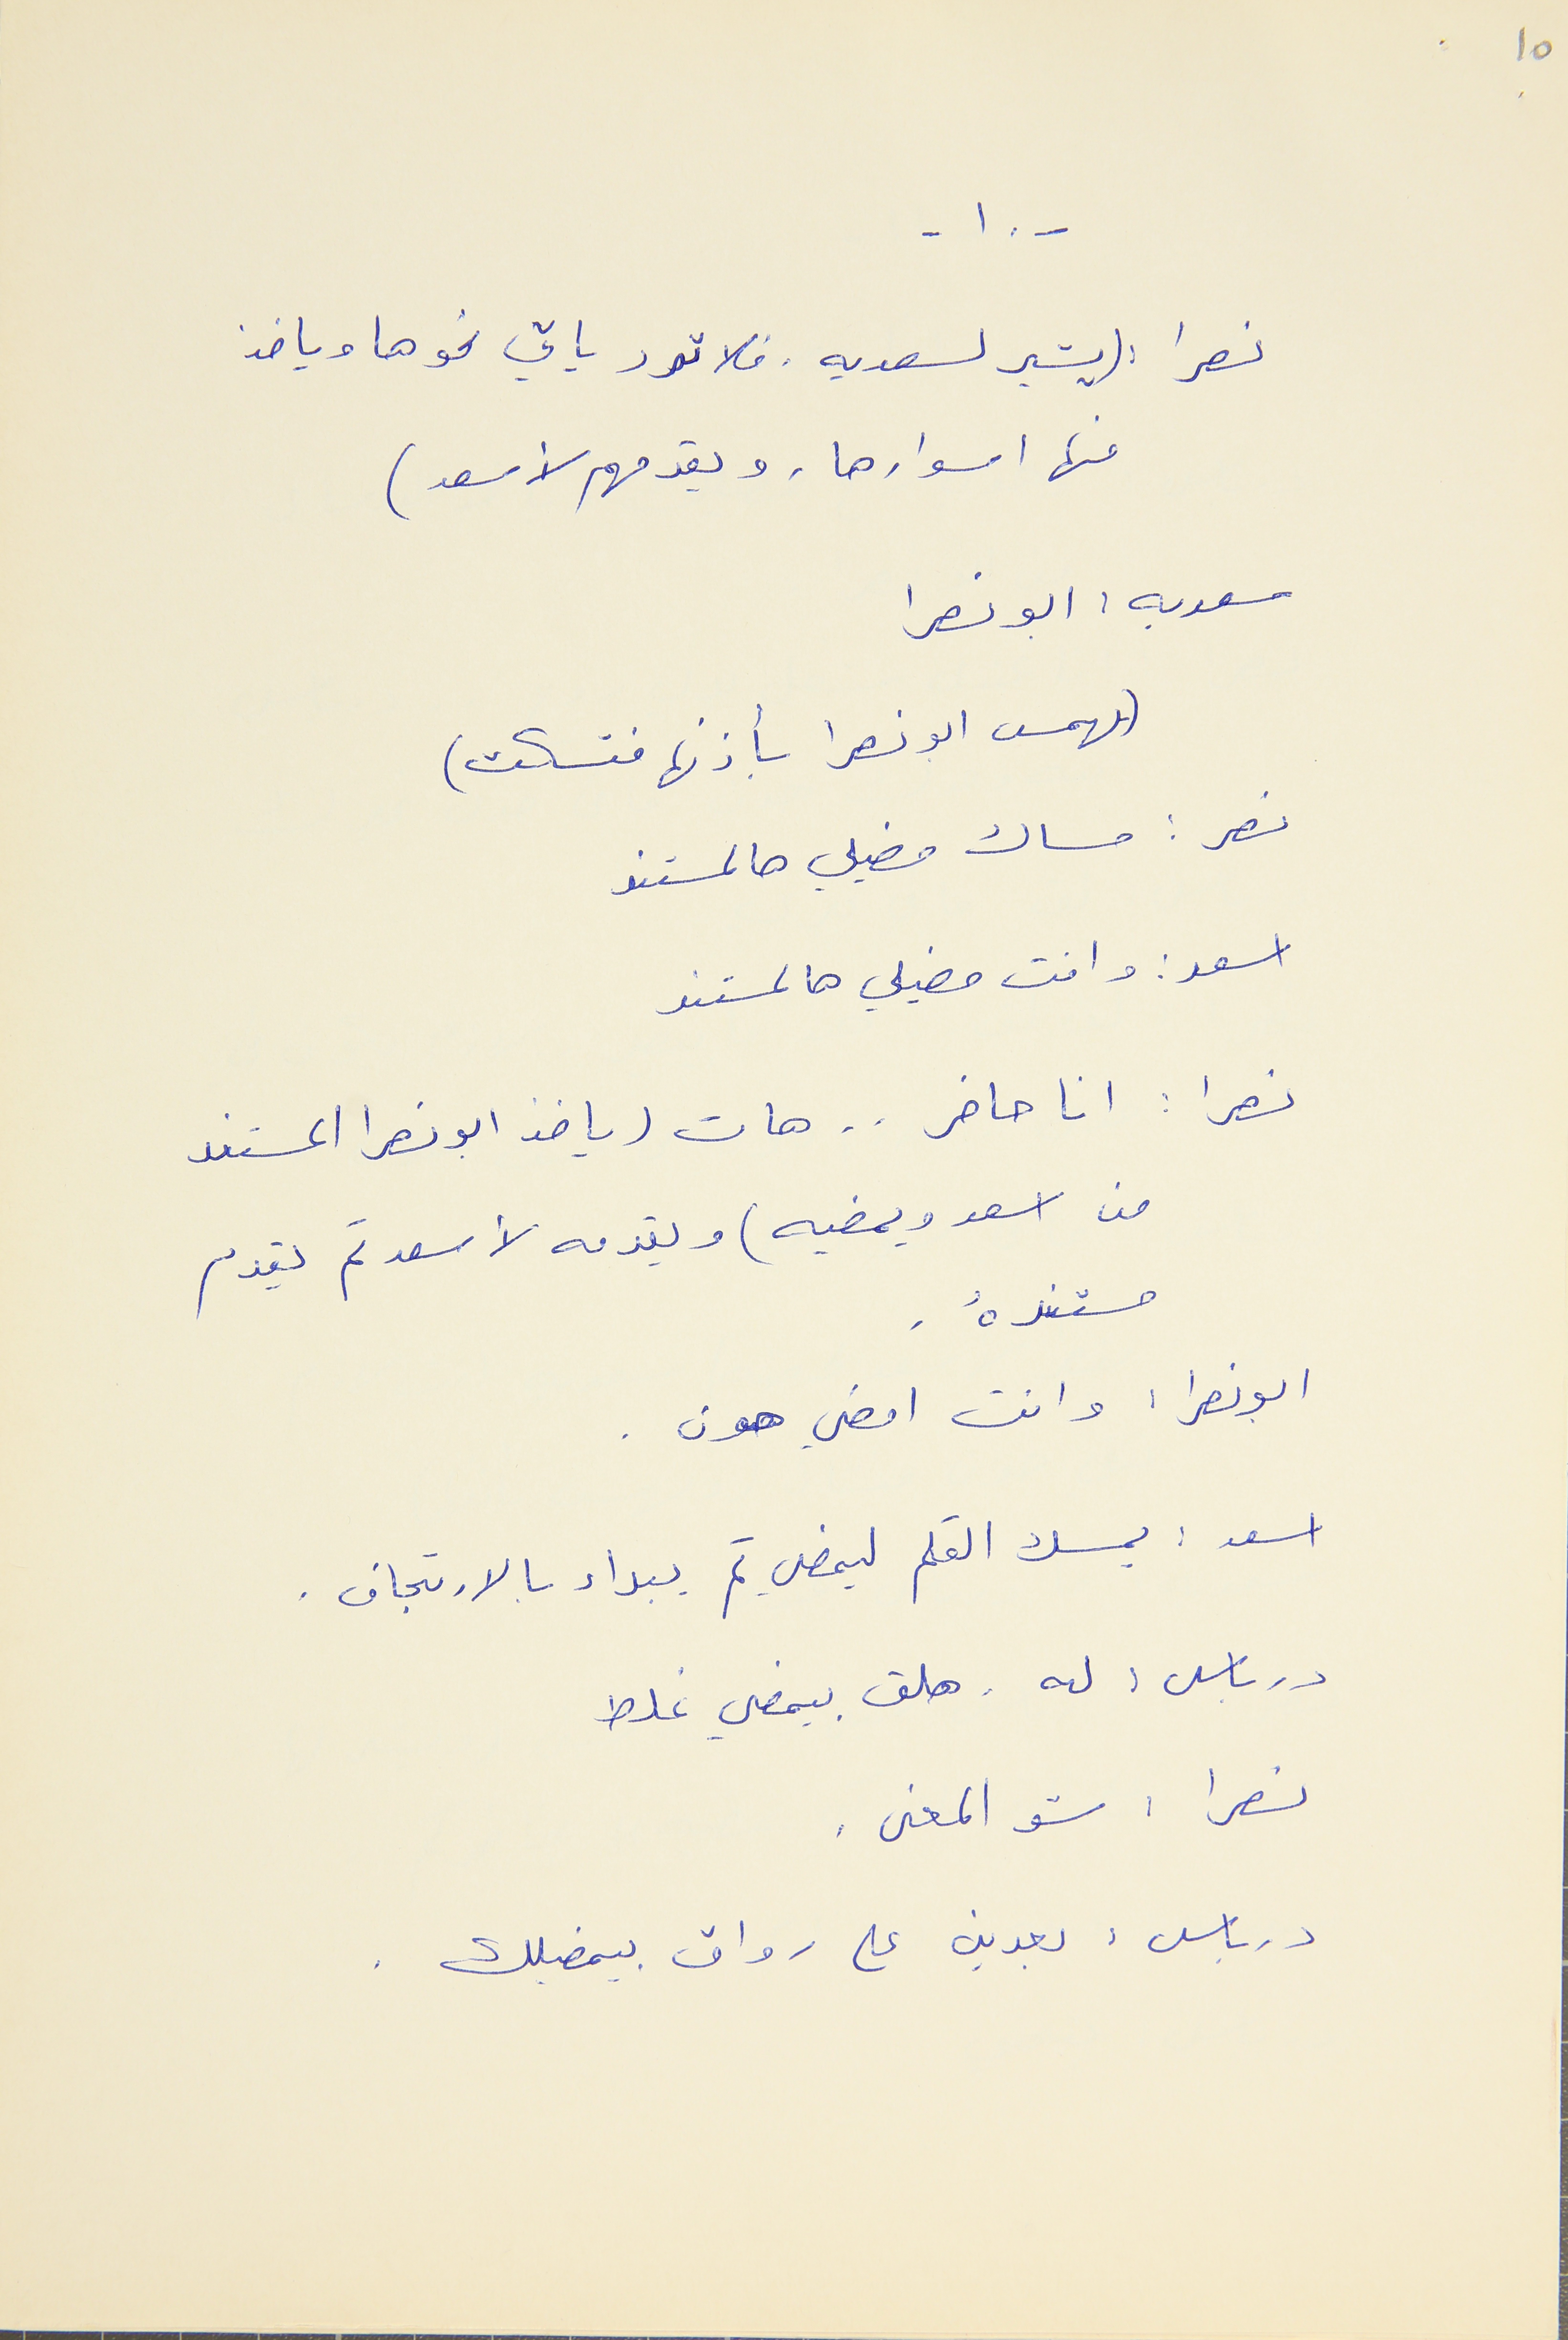
10
- ١٠ -
نصرا : (يشير لسعديه. فلا ترد ياتي نحوها وياخذ
منها اسوارها. ويقدمهم لأسعد)
سعديه : ابو نصرا
(يهمس ابو نصرا بأذنها فتسكت)
نصر : مساك مضيلي هالمستند
اسعد : وانت مضيلي هالمستند
نصرا : انا حاضر . . هات (ياخذ ابو نصرا المستند
من اسعد ويمضيه) ويقدمه لأسعد ثم يقدم
مستندهُ .
ابو نصرا : وانت امضي هون .
اسعد : يمسك القلم ليمضي ثم يبداء بالارتجاف .
درباس : له . هلق بيمضي غلط
نصرا : شو المعنى .
درباس : بعدين على رواق بيمضيلك .